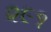
૨૯૧